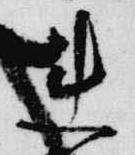
連